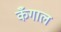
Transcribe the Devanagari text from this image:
कँगाल